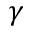
\gamma